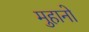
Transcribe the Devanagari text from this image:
मुहानो